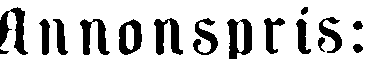
Annonspris: